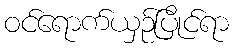
ဝင်ရောက်ယှဉ်ပြိုင်ရာ